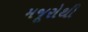
મજૂરોથી